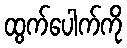
ထွက်ပေါက်ကို